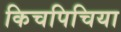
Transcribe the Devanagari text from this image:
किचपिचिया